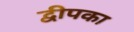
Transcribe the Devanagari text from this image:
द्वीपका